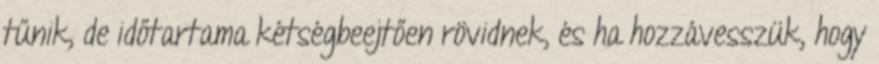
tűnik, de időtartama kétségbeejtően rövidnek, és ha hozzávesszük, hogy